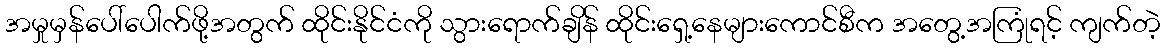
အမှုမှန်ပေါ်ပေါက်ဖို့အတွက် ထိုင်းနိုင်ငံကို သွားရောက်ချိန် ထိုင်းရှေ့နေများကောင်စီက အတွေ့အကြုံရင့် ကျက်တဲ့